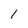
Character: 1